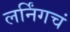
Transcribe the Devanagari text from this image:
लर्निंगचं